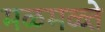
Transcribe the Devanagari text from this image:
मळमळ्ते